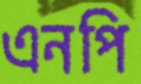
এনপি